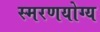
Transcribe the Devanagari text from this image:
स्मरणयोग्य